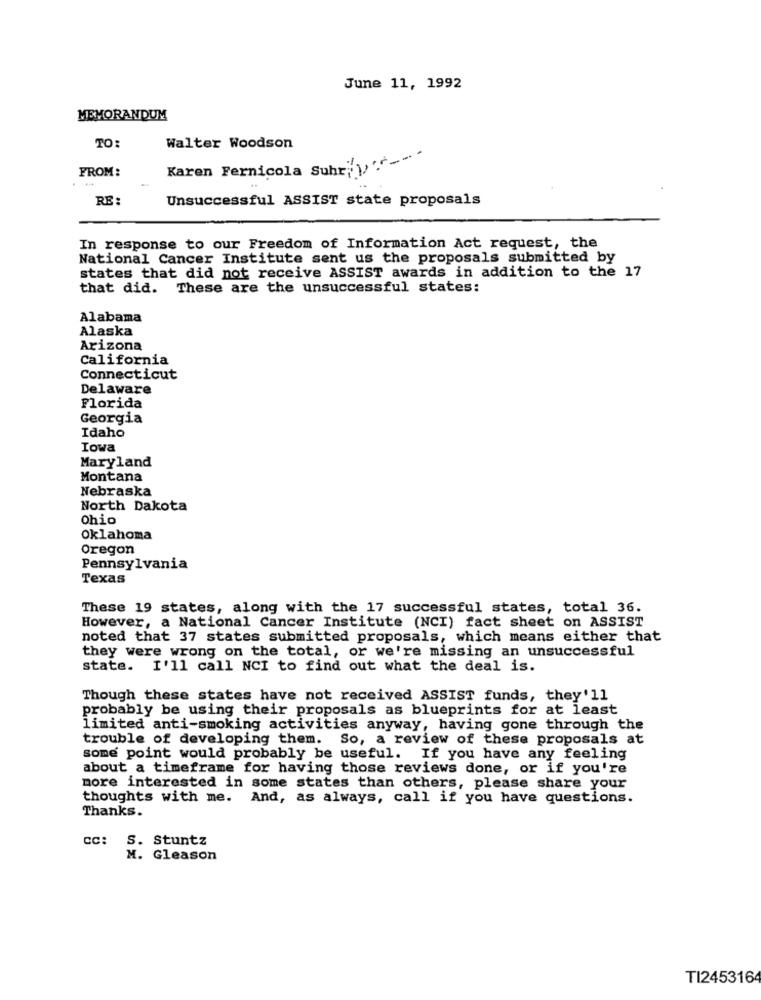
June 11, 1992
MEMORANDUM
TO:
Walter Woodson
FROM:
Karen Fernicola Suhr' -- - -
RE :
Unsuccessful ASSIST state proposals
In response to our Freedom of Information Act request, the
National Cancer Institute sent us the proposals submitted by
states that did not receive ASSIST awards in addition to the 17
that did. These are the unsuccessful states:
Alabama
Alaska
Arizona
California
Connecticut
Delaware
Florida
Georgia
Idaho
Iowa
Maryland
Montana
Nebraska
North Dakota
Ohio
Oklahoma
Oregon
Pennsylvania
Texas
These 19 states, along with the 17 successful states, total 36.
However, a National Cancer Institute (NCI) fact sheet on ASSIST
noted that 37 states submitted proposals, which means either that
they were wrong on the total, or we're missing an unsuccessful
state. I'll call NCI to find out what the deal is.
Though these states have not received ASSIST funds, they'll
probably be using their proposals as blueprints for at least
limited anti-smoking activities anyway, having gone through the
trouble of developing them. So, a review of these proposals at
some point would probably be useful. If you have any feeling
about a timeframe for having those reviews done, or if you're
more interested in some states than others, please share your
thoughts with me. And, as always, call if you have questions.
Thanks.
CC: S. Stuntz
M. Gleason
TI245316